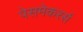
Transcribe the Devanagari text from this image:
पेसमेकरर्स